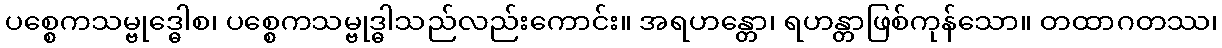
ပစ္စေကသမ္ဗုဒ္ဓေါစ၊ ပစ္စေကသမ္ဗုဒ္ဓါသည်လည်းကောင်း။ အရဟန္တော၊ ရဟန္တာဖြစ်ကုန်သော။ တထာဂတဿ၊